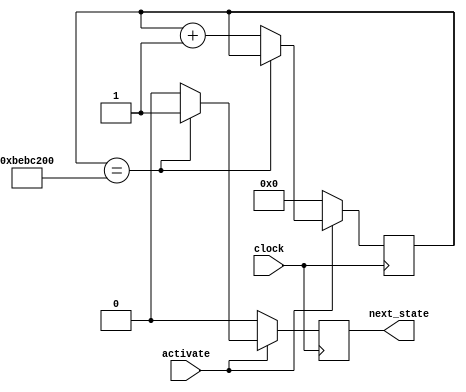
module timer_pulso_mudar_estado (clock, activate, next_state);
    input clock; //entrada de clock 50MHz
	input activate; //entrada de ativao, para iniciar a contagem
    output reg next_state; //saida indicando que ja passou o tempo, e pode passar ao prox estado

    reg [30:0] counter = 30'd0; //registrador de contador

    always @(posedge clock)
        begin
            if(activate == 1'b1) //se tiver sinal pedindo para contagem
                begin 
                    if(counter == 30'd200000000) //contador que vai ate 4 segundos
                        begin
									//counter <= 27'd0;
                            next_state = 1'b1; //envia o sinal que pode passar para o prox estado
                        end
                    else //enquanto o contador nao terminar, continua contando, e impedindo de pasasar ao prox estado
                        begin
                            next_state =1'b0;
                            counter = counter + 1'b1;
                        end
                end
            else //enquanto nao houver sinal de ativao, permanece esse sinal desativado
                begin
                    next_state =1'b0;
						  counter <= 30'd0;
                end
        end

endmodule